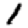
Digit: 1